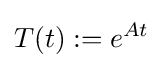
T(t):=e^{At}